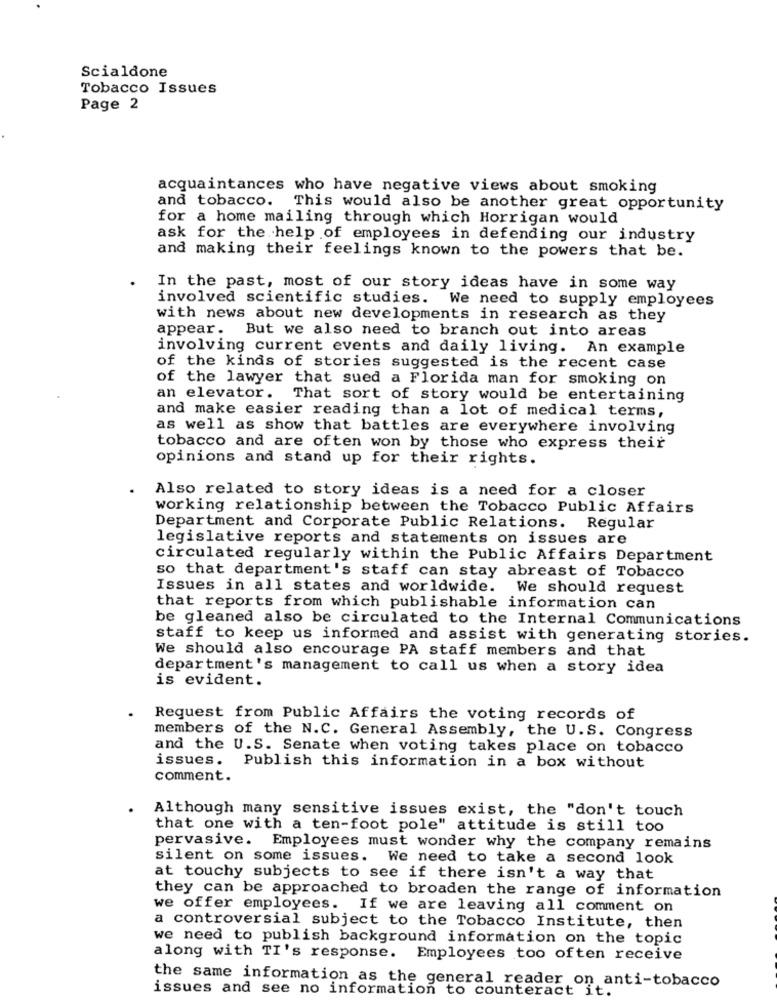
Scialdone
Tobacco Issues
Page 2
acquaintances who have negative views about smoking
and tobacco. This would also be another great opportunity
for a home mailing through which Horrigan would
ask for the help of employees in defending our industry
and making their feelings known to the powers that be.
In the past, most of our story ideas have in some way
involved scientific studies. We need to supply employees
with news about new developments in research as they
appear. But we also need to branch out into areas
involving current events and daily living. An example
of the kinds of stories suggested is the recent case
of the lawyer that sued a Florida man for smoking on
an elevator. That sort of story would be entertaining
and make easier reading than a lot of medical terms,
as well as show that battles are everywhere involving
tobacco and are often won by those who express their
opinions and stand up for their rights.
Also related to story ideas is a need for a closer
working relationship between the Tobacco Public Affairs
Department and Corporate Public Relations. Regular
legislative reports and statements on issues are
circulated regularly within the Public Affairs Department
so that department's staff can stay abreast of Tobacco
Issues in all states and worldwide.
We should request
that reports from which publishable information can
be gleaned also be circulated to the Internal Communications
staff to keep us informed and assist with generating stories.
We should also encourage PA staff members and that
department's management to call us when a story idea
is evident.
Request from Public Affairs the voting records of
members of the N.C. General Assembly, the U.S. Congress
and the U.S. Senate when voting takes place on tobacco
issues. Publish this information in a box without
comment.
Although many sensitive issues exist, the "don't touch
that one with a ten-foot pole" attitude is still too
pervasive. Employees must wonder why the company remains
silent on some issues. We need to take a second look
at touchy subjects to see if there isn't a way that
they can be approached to broaden the range of information
we offer employees. If we are leaving all comment on
a controversial subject to the Tobacco Institute, then
we need to publish background information on the topic
along with TI's response. Employees too often receive
issues and see no information to counteract it.
the same information as the general reader on anti-tobacco